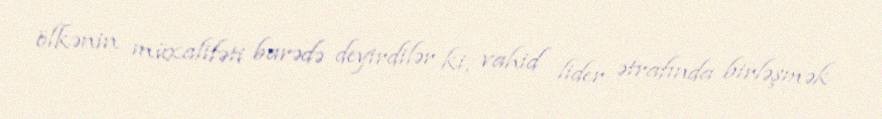
ölkənin müxalifəti barədə deyirdilər ki, vahid lider ətrafında birləşmək